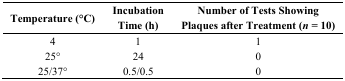
<table><thead><tr><td><b>Temperature (°C)</b></td><td><b>Incubation Time (h)</b></td><td><b>Number of Tests Showing Plaques after Treatment (<i>n</i> = 10)</b></td></tr></thead><tbody><tr><td>4</td><td>1</td><td>1</td></tr><tr><td>25°</td><td>24</td><td>0</td></tr><tr><td>25/37°</td><td>0.5/0.5</td><td>0</td></tr></tbody></table>